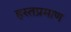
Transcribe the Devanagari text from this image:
हस्तप्रमाण